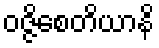
ဝဇ္ဇိစေတိယာနိ